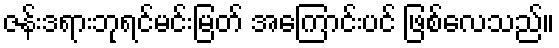
ဇန်းဒရားဘုရင်မင်းမြတ် အကြောင်းပင် ဖြစ်လေသည်။